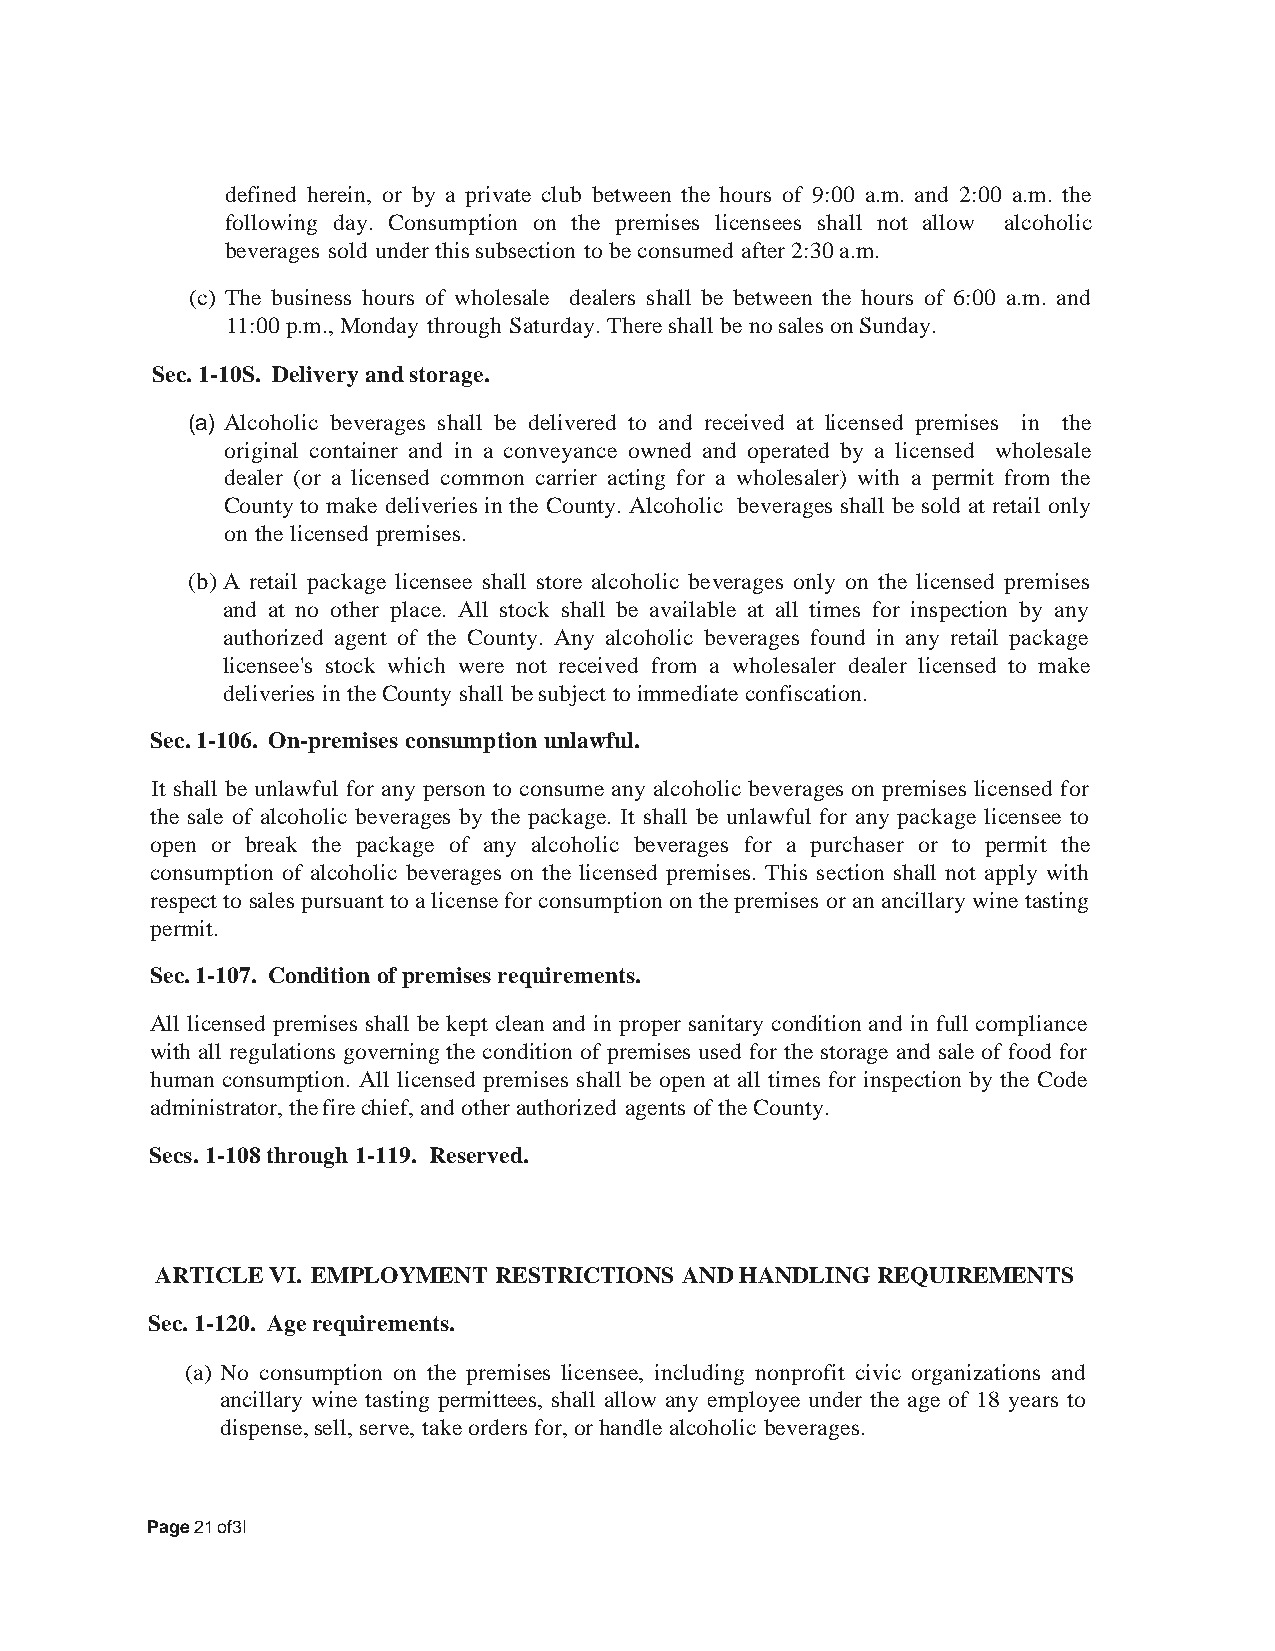
defined herein, or by a private club between the hours of 9:00 a.m. and 2:00 a.m. the
 following day. Consumption on the premises licensees shall not allow alcoholic
 beverages sold under this subsection to be consumed after 2:30 a.m.
 (c) The business hours of wholesale dealers shall be between the hours of 6:00 a.m. and
 11:00 p.m., Monday through Saturday. There shall be no sales on Sunday.
 Sec. 1-10S. Delivery and storage.
 (a) Alcoholic beverages shall be delivered to and received at licensed premises in the
 original container and in a conveyance owned and operated by a licensed wholesale
 dealer (or a licensed common carrier acting for a wholesaler) with a permit from the
 County to make deliveries in the County. Alcoholic beverages shall be sold at retail only
 on the licensed premises.
 (b) A retail package licensee shall store alcoholic beverages only on the licensed premises
 and at no other place. All stock shall be available at all times for inspection by any
 authorized agent of the County. Any alcoholic beverages found in any retail package
 licensee's stock which were not received from a wholesaler dealer licensed to make
 deliveries in the County shall be subject to immediate confiscation.
 Sec. 1-106. On-premises consumption unlawful.
 It shall be unlawful for any person to consume any alcoholic beverages on premises licensed for
 the sale of alcoholic beverages by the package. It shall be unlawful for any package licensee to
 open or break the package of any alcoholic beverages for a purchaser or to permit the
 consumption of alcoholic beverages on the licensed premises. This section shall not apply with
 respect to sales pursuant to a license for consumption on the premises or an ancillary wine tasting
 permit.
 Sec. 1-107. Condition of premises requirements.
 All licensed premises shall be kept clean and in proper sanitary condition and in full compliance
 with all regulations governing the condition of premises used for the storage and sale of food for
 human consumption. All licensed premises shall be open at all times for inspection by the Code
 administrator, the fire chief, and other authorized agents of the County.
 Secs. 1-108 through 1-119. Reserved.
 ARTICLE VI. EMPLOYMENT RESTRICTIONS AND HANDLING REQUIREMENTS
 Sec. 1-120. Age requirements.
 (a) No consumption on the premises licensee, including nonprofit civic organizations and
 ancillary wine tasting permittees, shall allow any employee under the age of 18 years to
 dispense, sell, serve, take orders for, or handle alcoholic beverages.
 Page 21 of3I